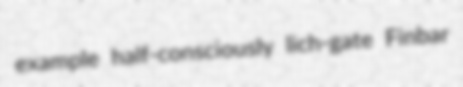
example half-consciously lich-gate Finbar